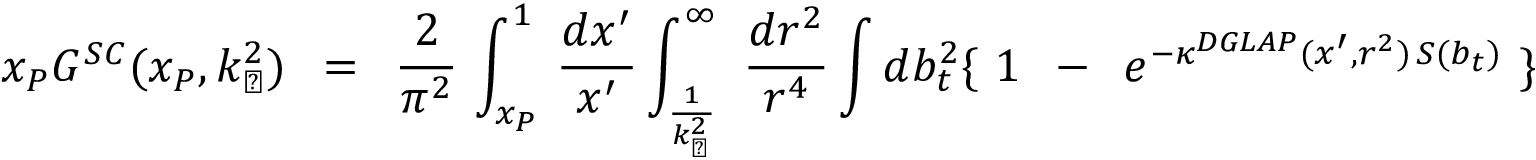
x _ { P } G ^ { S C } ( x _ { P } , k _ { \perp } ^ { 2 } ) \, \, \, = \, \, \, \frac { 2 } { \pi ^ { 2 } } \, \int _ { x _ { P } } ^ { 1 } \, \frac { d x ^ { \prime } } { x ^ { \prime } } \int _ { \frac { 1 } { k _ { \perp } ^ { 2 } } } ^ { \infty } \, \, \frac { d r ^ { 2 } } { r ^ { 4 } } \int d b _ { t } ^ { 2 } \{ \, \, 1 \, \, \, - \, \, \, e ^ { - \kappa ^ { D G L A P } ( x ^ { \prime } , r ^ { 2 } ) \, S ( b _ { t } ) } \, \, \} \, \,